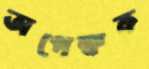
অপেক্ষক